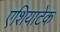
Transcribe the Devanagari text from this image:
एशियाटेक